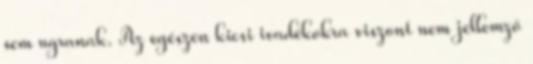
sem ugranak. Az egészen kicsi ivadékokra viszont nem jellemző